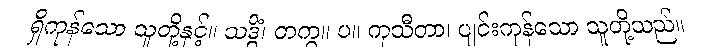
ရှိကုန်သော သူတို့နှင့်။ သဒ္ဓိံ၊ တကွ။ ပ။ ကုသီတာ၊ ပျင်းကုန်သော သူတို့သည်။